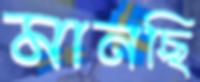
মানছি